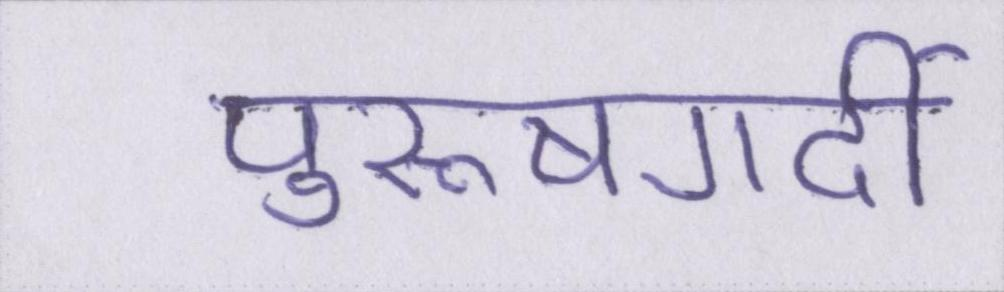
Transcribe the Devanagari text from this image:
पुरूषगर्दी